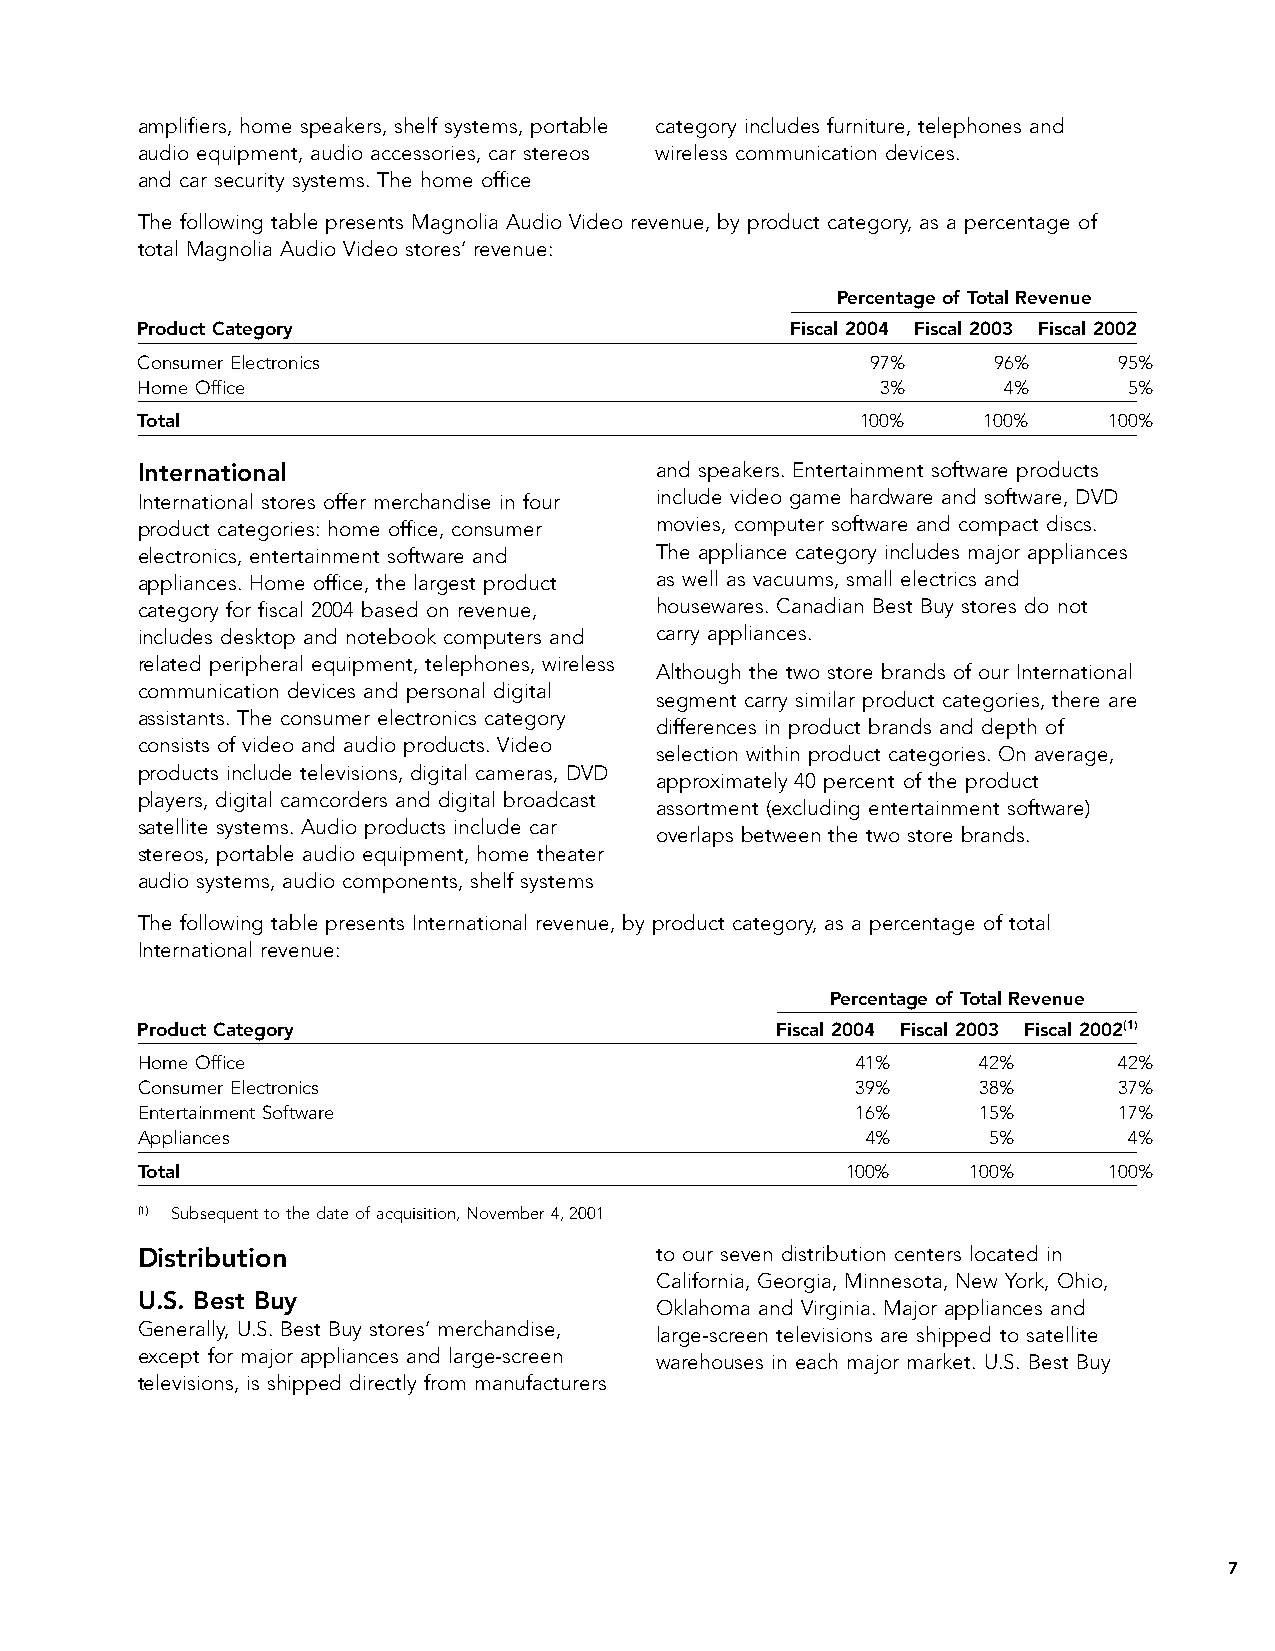
amplifiers, home speakers, shelf systems, portable category includes furniture, telephones and
 audio equipment, audio accessories, car stereos wireless communication devices.
 and car security systems. The home office
 The following table presents Magnolia Audio Video revenue, by product category, as a percentage of
 total Magnolia Audio Video stores’ revenue:
 Percentage of Total Revenue
 Product Category                           Fiscal 2004 Fiscal 2003 Fiscal 2002
 Consumer Electronics                             97%     96%     95%
 Home Office                                      3%      4%       5%
 Total                                           100%    100%    100%
 International                     and speakers. Entertainment software products
 International stores offer merchandise in four include video game hardware and software, DVD
 product categories: home office, consumer movies, computer software and compact discs.
 electronics, entertainment software and The appliance category includes major appliances
 appliances. Home office, the largest product as well as vacuums, small electrics and
 category for fiscal 2004 based on revenue, housewares. Canadian Best Buy stores do not
 includes desktop and notebook computers and carry appliances.
 related peripheral equipment, telephones, wireless
 Although the two store brands of our International
 communication devices and personal digital
 segment carry similar product categories, there are
 assistants. The consumer electronics category
 differences in product brands and depth of
 consists of video and audio products. Video
 selection within product categories. On average,
 products include televisions, digital cameras, DVD
 approximately 40 percent of the product
 players, digital camcorders and digital broadcast
 assortment (excluding entertainment software)
 satellite systems. Audio products include car
 overlaps between the two store brands.
 stereos, portable audio equipment, home theater
 audio systems, audio components, shelf systems
 The following table presents International revenue, by product category, as a percentage of total
 International revenue:
 Percentage of Total Revenue
 Product Category                          Fiscal 2004 Fiscal 2003 Fiscal 2002(1)
 Home Office                                     41%     42%      42%
 Consumer Electronics                            39%     38%      37%
 Entertainment Software                          16%     15%      17%
 Appliances                                      4%       5%       4%
 Total                                          100%    100%     100%
 (1) Subsequent to the date of acquisition, November 4, 2001
 Distribution                      to our seven distribution centers located in
 California, Georgia, Minnesota, New York, Ohio,
 U.S. Best Buy
 Oklahoma and Virginia. Major appliances and
 Generally, U.S. Best Buy stores’ merchandise, large-screen televisions are shipped to satellite
 except for major appliances and large-screen warehouses in each major market. U.S. Best Buy
 televisions, is shipped directly from manufacturers
 7